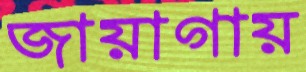
জায়াগায়